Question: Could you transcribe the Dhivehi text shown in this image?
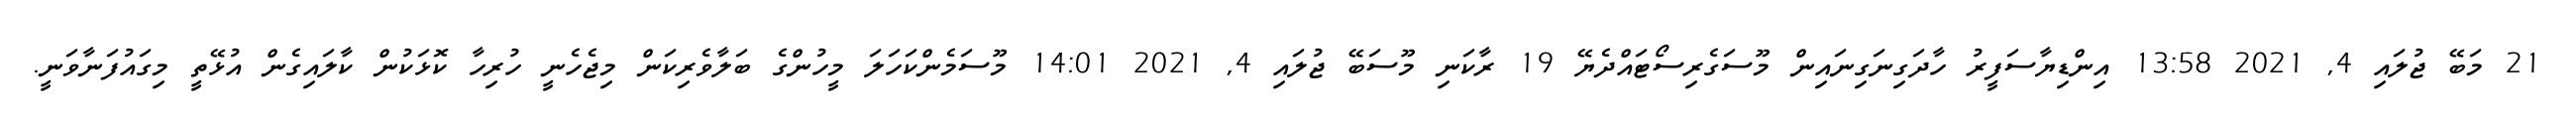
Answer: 21 މަބޭ ޖުލައި 4, 2021 13:58 އިންޑިޔާސަފީރު ހާދަގިނަގިނައިން މޫސަގެރިސޯޓައްދެޔޭ 19 ރާކަނި މޫސަބޭ ޖުލައި 4, 2021 14:01 މޫސަމެންކަހަލަ މީހުންގެ ބަލާވެރިކަން މިޖެހެނީ ހުރިހާ ކޮޅަކުން ކާލައިގެން އުޅޭތީ މިގައުފަނާވަނީ.